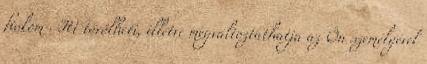
fiókom . Itt törölheti, illetve megváltoztathatja az Ön személyével